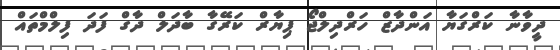
ދީވާނާ ކަރްގަޔާ އަންދާޒް ހަރްދިލްޖޯ ޕިޔާރް ކަރޭގާ ބާދަލް ދާގް ފަދަ ފިލްމްތައް